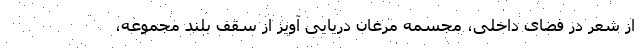
از شعر در فضای داخلی، مجسمه مرغان دریایی آویز از سقف بلند مجموعه،